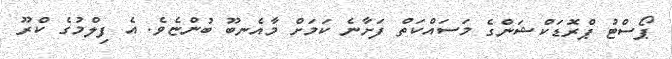
ޕޯސްޓު ޕްރޮޑަކްޝަންގެ މަސައްކަތް ފަށާނެ ކަމަށް މާއެނބޫ ބުންޏެވެ. އެ ފިލްމުގެ ކްރޫ